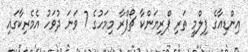
އިންޑިއާގެ ފިލްމީ ތަރި ޕްރިޔަންކާ ޗޯޕްރާ މިމަހުގެ 7 ވަނަ ދުވަހު އެމެރިކާގައި